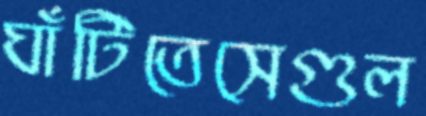
ঘাঁটিতেসেগুল